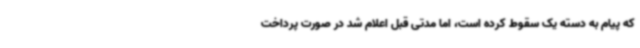
که پیام به دسته یک سقوط کرده است، اما مدتی قبل اعلام شد در صورت پرداخت